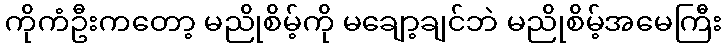
ကိုကံဦးကတော့ မညိုစိမ့်ကို မချော့ချင်ဘဲ မညိုစိမ့်အမေကြီး